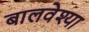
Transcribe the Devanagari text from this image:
बालवेश्या